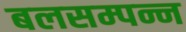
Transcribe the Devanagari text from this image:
बलसम्पन्न